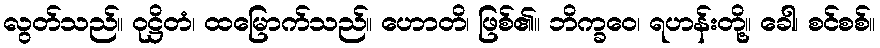
လွတ်သည်။ ဝုဋ္ဌိတံ၊ ထမြောက်သည်။ ဟောတိ၊ ဖြစ်၏။ ဘိက္ခဝေ၊ ရဟန်းတို့။ ခေါ၊ စင်စစ်။